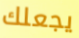
يجعلك